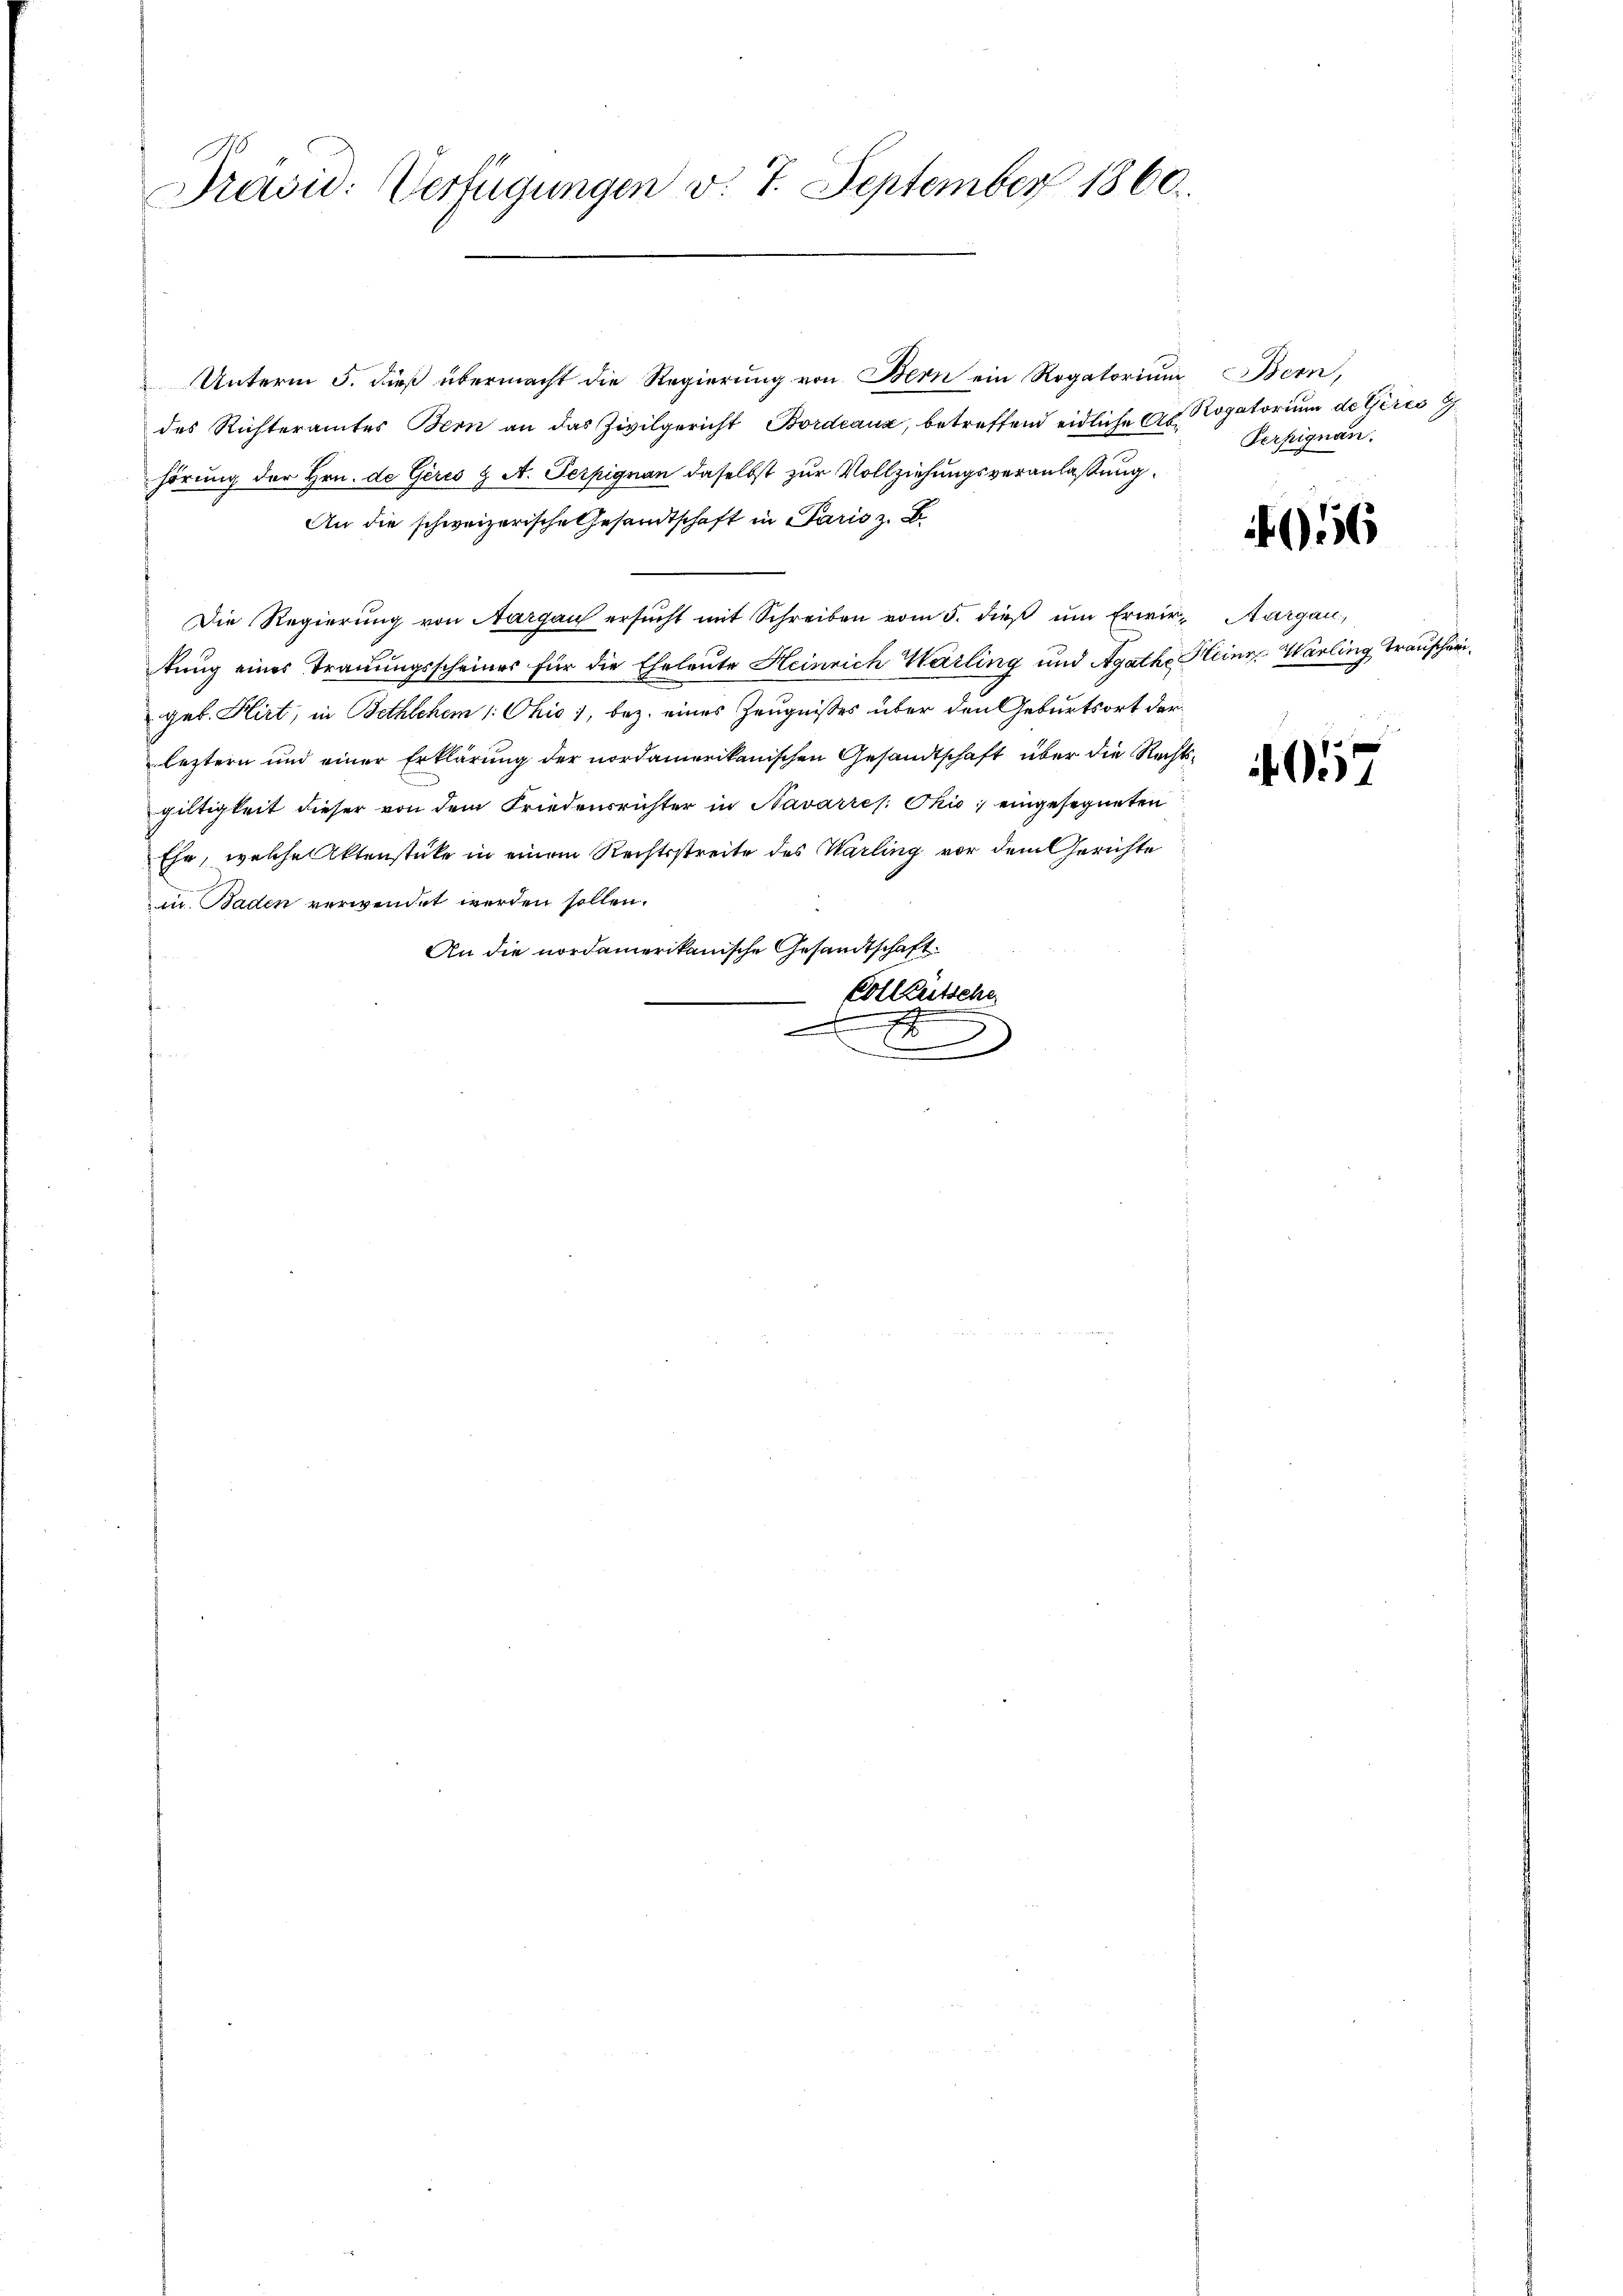
Prävid: Verfügungen v. 7. September 1860.

Unterm 5. dieß übermacht die Regierŭng von Bern ein Rogatorium Bern,
des Richteramtes Bern an das Zivilgericht Bordeaux, betreffend eidliche A. Rogatorium de Geres G
hörung der Hrn. de Geris  A. Terpignan daselbst zur Vollziehungsveranlaßung
An die schweizerische Gesandtschaft in Paris z. B
Die Regierŭng von Aargau ersŭcht mit Schreiben vom 5. dieβ ŭm Erwir- Margau,
tung eines Trauungsscheines für die Eheleute Heinrich Harling und Agathe Heinr. Warling Trauschri
geb. Hirt, in Bethlchem 1. Ohio 1, bez. eines Zeugnißes über den Geburtsort der
leztern und einer Erklärung der nordamerikanischen Gesandtschaft über die Rechtsgiltigkeit dieser von dem Friedensrichter in Navarres. Ohio, eingesegneten
Ehe, welche Aktenstücke in einem Rechtsstreite des Warling vor dem Gerichte
in Baden verwendet werden sollen.
An die nordamerikanische Gesandtschaft
Cotleütsche
F

Verfignan.

156

. 157.